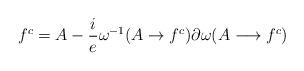
LaTeX: \begin{align*}f^{c}=A - \frac{i}{e} \omega^{-1}(A \rightarrow f^{c}) \partial\omega(A \longrightarrow f^{c})\end{align*}